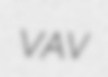
VAV